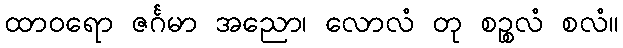
ထာဝရော ဇင်္ဂမာ အညော၊ လောလံ တု စဉ္စလံ စလံ။